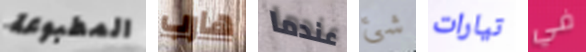
المطبوعة هارب عندما شئ تيارات في